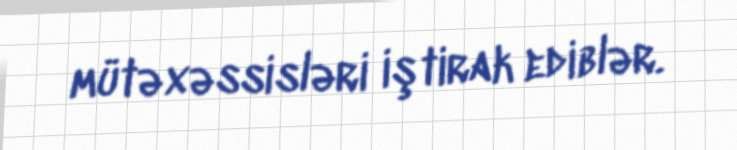
mütəxəssisləri iştirak ediblər.